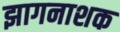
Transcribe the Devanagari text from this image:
झागनाशक